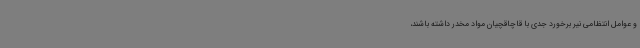
و عوامل انتظامی نیر برخورد جدی با قاچاقچیان مواد مخدر داشته باشند،